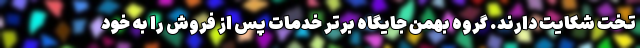
تخت شکایت دارند. گروه بهمن جایگاه برتر خدمات پس از فروش را به خود